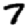
Digit: 7